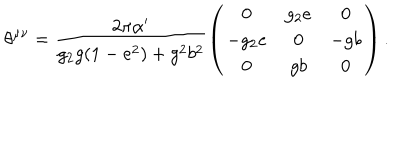
\theta ^ { \mu \nu } = \frac { 2 \pi \alpha ^ { \prime } } { g _ { 2 } g ( 1 - e ^ { 2 } ) + g ^ { 2 } b ^ { 2 } } \left( \begin{array} { c c c } { { 0 } } & { { g _ { 2 } e } } & { { 0 } } \\ { { - g _ { 2 } e } } & { { 0 } } & { { - g b } } \\ { { 0 } } & { { g b } } & { { 0 } } \\ \end{array} \right) .